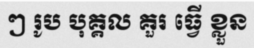
ៗ រូប បុគ្គល គួរ ធ្វើ ខ្លួន